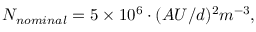
\begin{array} { r } { { N _ { n o m i n a l } = 5 \times 1 0 ^ { 6 } \cdot ( A U / d ) ^ { 2 } m ^ { - 3 } , } } \end{array}